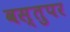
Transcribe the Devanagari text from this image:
वस्तुपर